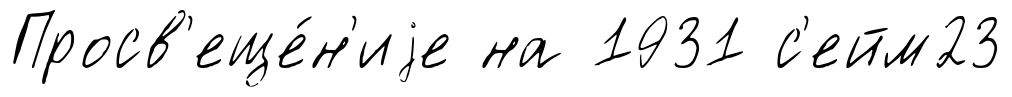
Просв'еще́н'иjе на 1931 с'ейм23